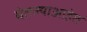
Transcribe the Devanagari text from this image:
घेतल्याआहेत